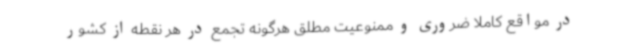
در مواقع کاملاً ضروری و ممنوعیت مطلق هرگونه تجمع در هر نقطه از کشور